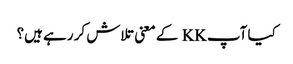
کیا آپ KK کے معنی تلاش کر رہے ہیں؟